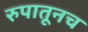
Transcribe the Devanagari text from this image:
रुपातूनच